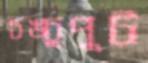
চঙ্চুপুট